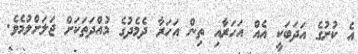
އެ ކުށުގެ އަދަބަކީ އެއް އަހަރާއި ތިން އަހަރާ ދެމެދުގެ މުއްދަތަކަށް ޖަލަށްލުމެވެ.